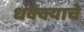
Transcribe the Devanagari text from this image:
धक्क्याचे